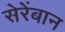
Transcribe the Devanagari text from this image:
सेरेंबान